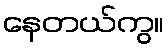
နေတယ်ကွ။